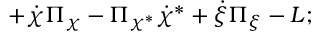
+ \dot { \chi } \Pi _ { \chi } - \Pi _ { \chi ^ { * } } \dot { \chi } ^ { * } + \dot { \xi } \Pi _ { \xi } - L ;